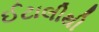
ઈટાલીથી